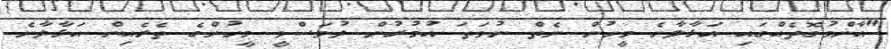
"އާންމުގޮތެއްގައި އަޅާލާނެ މީހުން ނެތް ނުވަތަ އުމުރުން ދުވަސްވީ މީހުންގެ ތެރެއިން އަޅާލާނެ